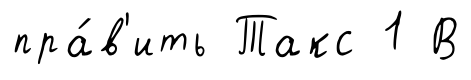
пра́в'ить Такс 1 В